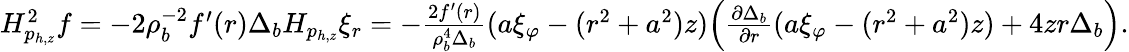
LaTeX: \begin{array}{r}{H_{p_{h,z}}^{2}f=-2\rho_{b}^{-2}f^{\prime}(r)\Delta_{b}H_{p_{h,z}}\xi_{r}=-\frac{2f^{\prime}(r)}{\rho_{b}^{4}\Delta_{b}}(a\xi_{\varphi}-(r^{2}+a^{2})z)\Big(\frac{\partial\Delta_{b}}{\partial r}(a\xi_{\varphi}-(r^{2}+a^{2})z)+4zr\Delta_{b}\Big).}\end{array}